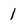
Character: 1